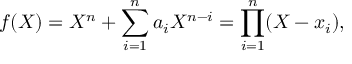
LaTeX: f ( X ) = X ^ { n } + \sum _ { i = 1 } ^ { n } a _ { i } X ^ { n - i } = \prod _ { i = 1 } ^ { n } ( X - x _ { i } ) ,